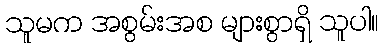
သူမက အစွမ်းအစ များစွာရှိ သူပါ။